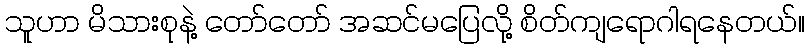
သူဟာ မိသားစုနဲ့ တော်တော် အဆင်မပြေလို့ စိတ်ကျရောဂါရနေတယ်။